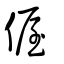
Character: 偓